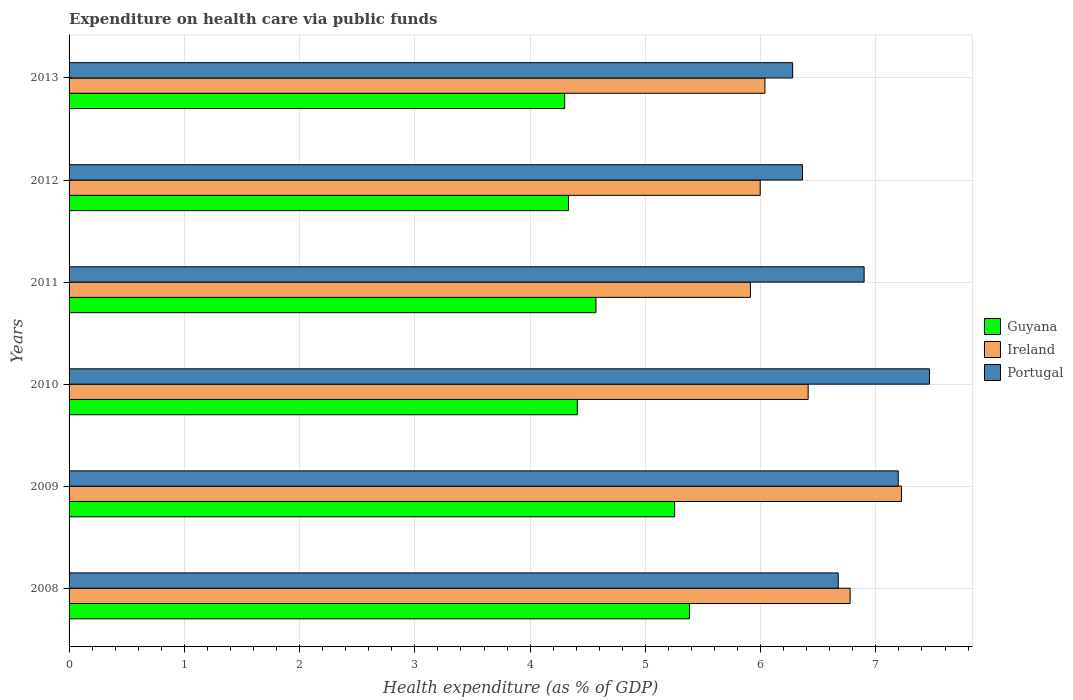
| Years | Guyana | Ireland | Portugal |
 | --- | --- | --- | --- |
 | 2008 | 5.38 | 6.78 | 6.67 |
 | 2009 | 5.25 | 7.22 | 7.19 |
 | 2010 | 4.41 | 6.41 | 7.46 |
 | 2011 | 4.57 | 5.91 | 6.9 |
 | 2012 | 4.33 | 6 | 6.36 |
 | 2013 | 4.3 | 6.04 | 6.28 |